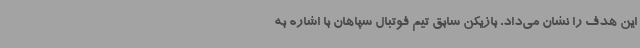
این هدف را نشان می‌داد. بازیکن سابق تیم فوتبال سپاهان با اشاره به